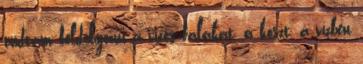
tudtam feldolgozni a vizes falakat, a koszt, a vízben